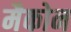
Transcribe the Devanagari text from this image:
मैकोन